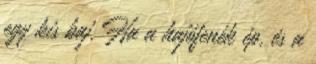
egy kis baj. Ha a hajófenék ép, és a